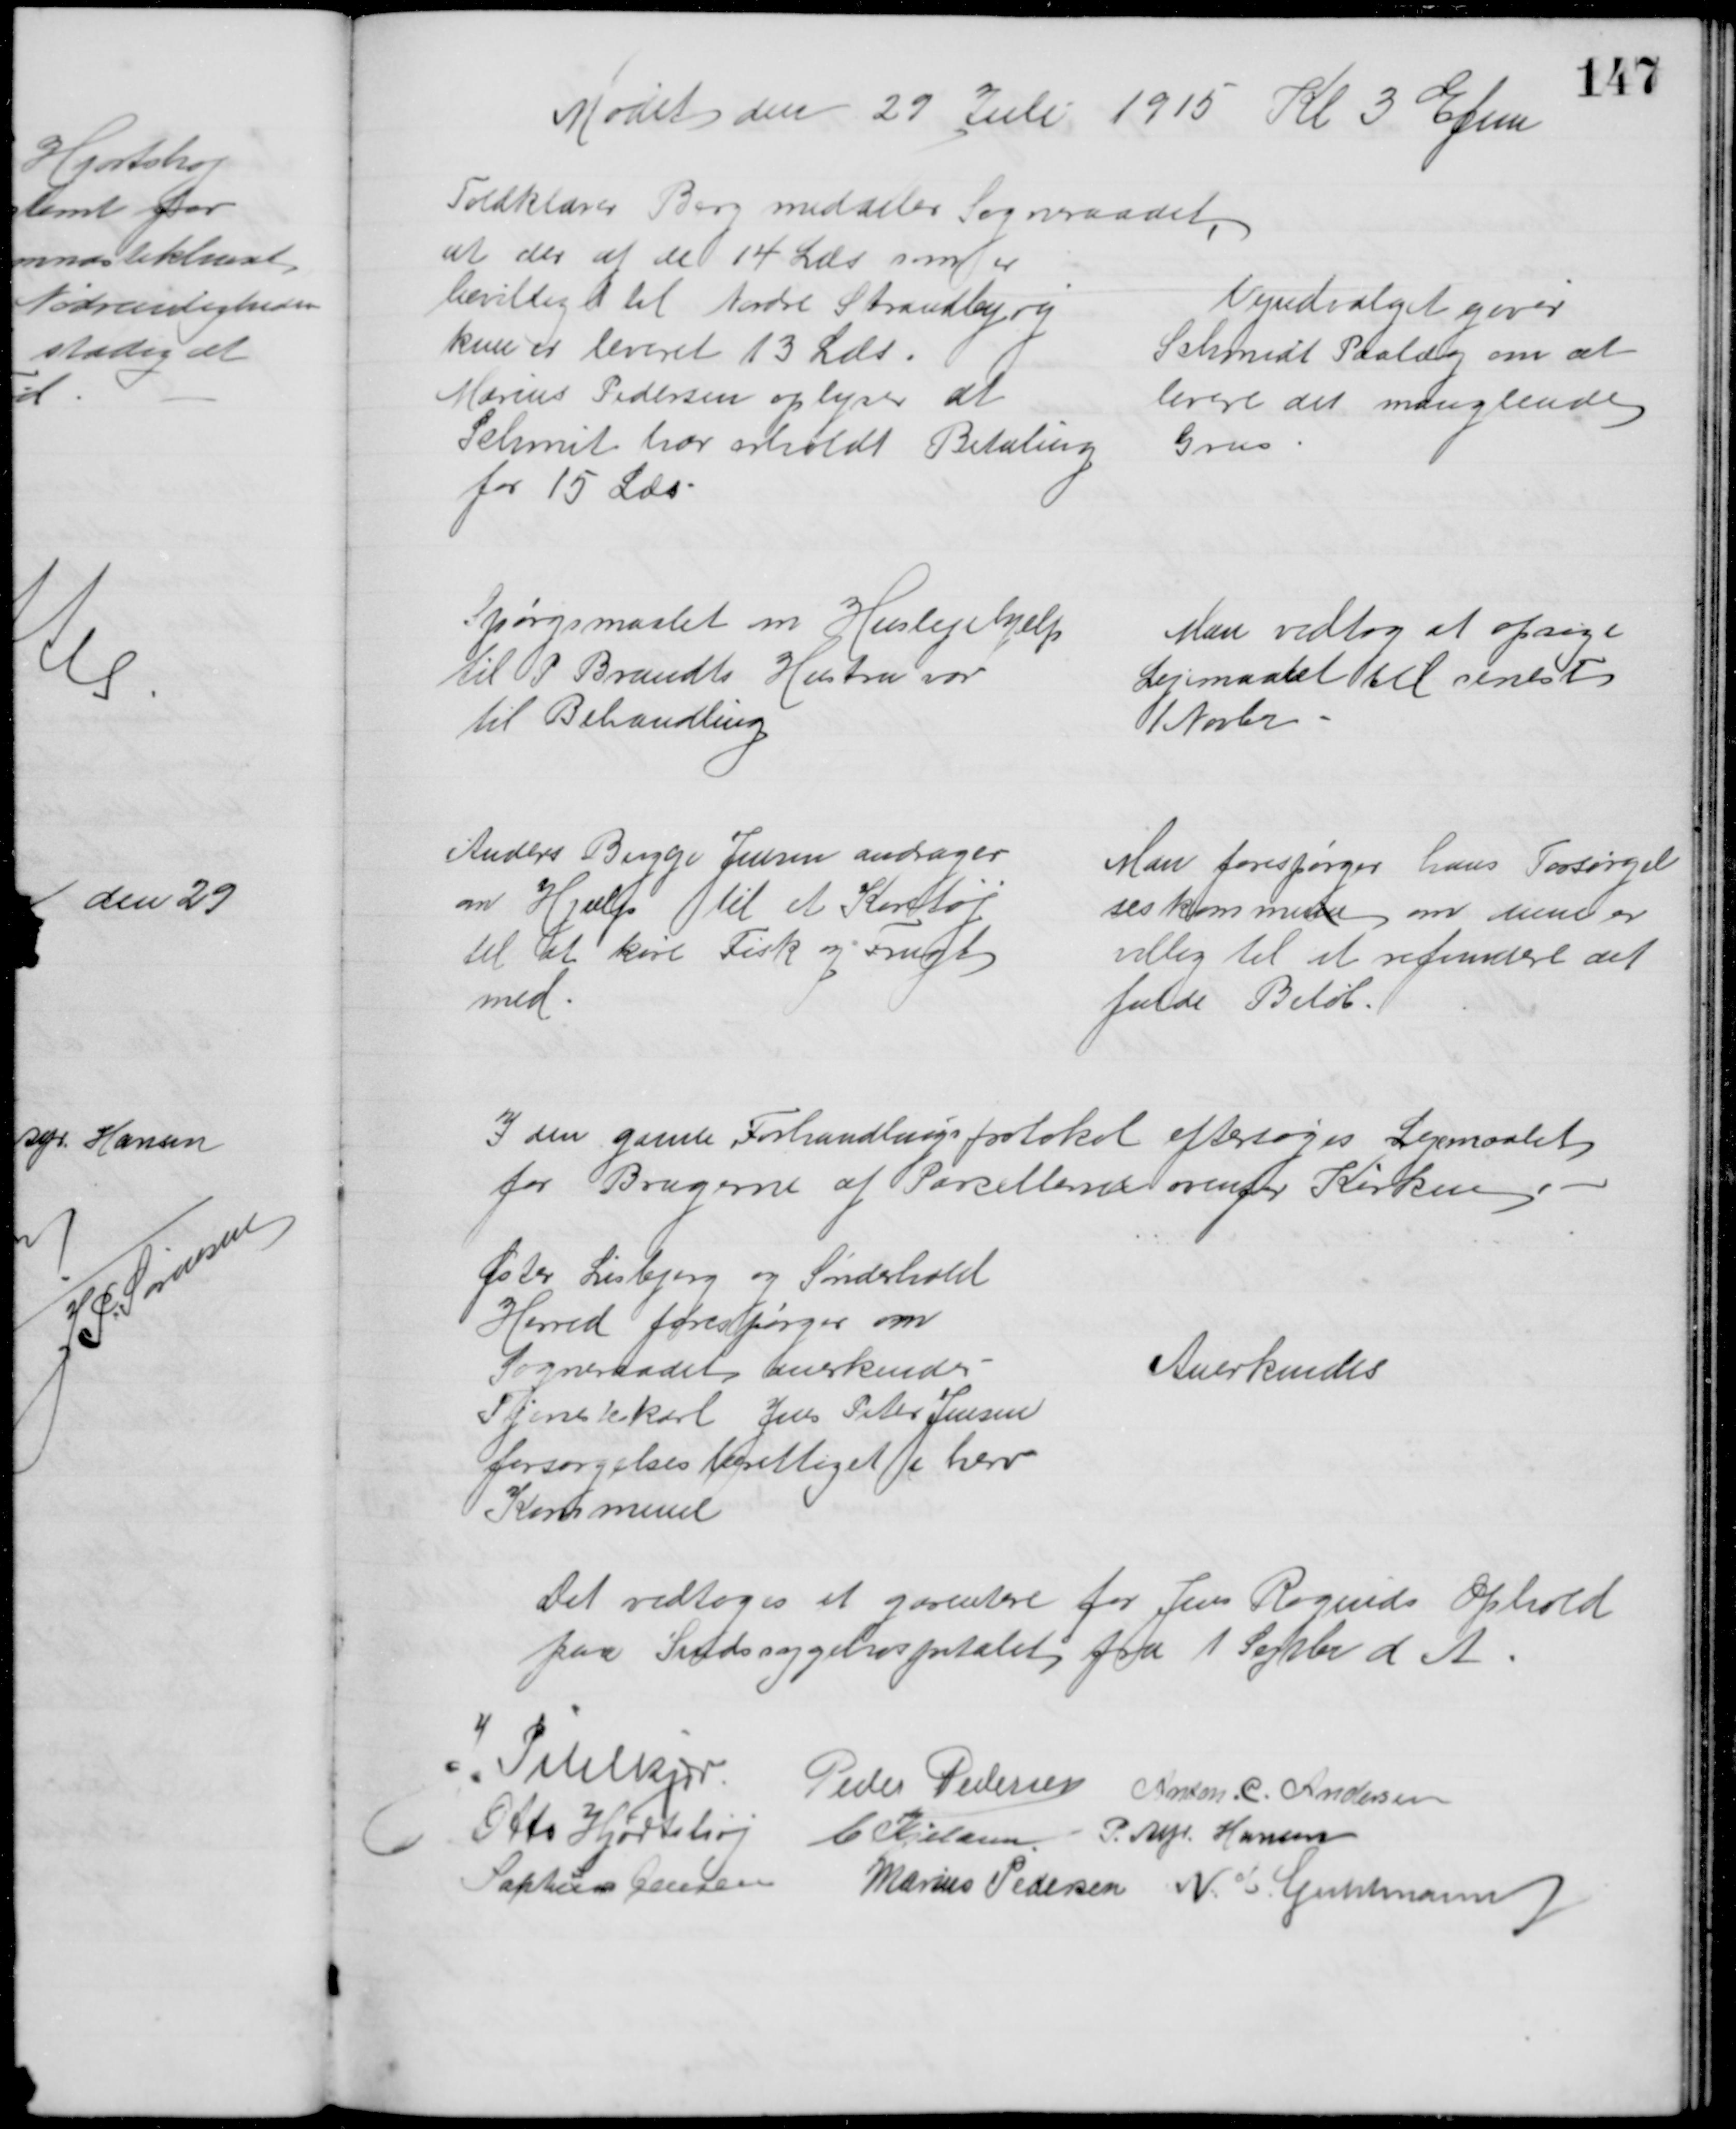
Transskription:
Mødet den 29 Juli 1915 Kl 3 Eftm
Toldklarer Berg meddeler Sogneraadet, 
at der af de 14 Læs som er
bevilliget til Nordre Strandbyvej
kun er leveret 13 Læs.
Marius Pedersen oplyser at
Schmit har erholdt Betaling
for 15 Læs
Vejudvalget giver
Schmidt Paalæg om at
levere det manglende 
Grus
Spørgsmaalet om Huslejehjælp
til P Brandts Hustru var
til Behandling
Man vedtog at opsige
Lejemaalet til senest
1 Novbr
Anders Bugge Jensen andrager
om Hjælp til et Køretøj
til at køre Fisk og Frugt
med
Man forespørger hans Forsørgel
seskommune om man er
villig til at refundere det
fulde Beløb.
I den gamle Forhandlingsprotokol eftersøges Lejemaalet
for Brugerne af Parcellernes ovenfor Kirken
Øster Lisbjerg og Sønderhald
Herred forespørger om
Sogneraadet anerkender
Tjenestekarl Jens Peter Jensen
forsørgelsesberettiget i herv
Kommune
Anerkendes
Det vedtoges at garentere for Jens Røginds Ophold
paa Sindssygehospitalet fra 1 Sepbr. d. A.
J. Pihlkjær
Peder Pedersen Anton. C. Andersen
Otto Hjortshøj
C Kjeldsen P. Alfr. Hansen
Sophus Jensen
Marius Pedersen N. C. Guldmann